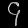
Digit: ၄